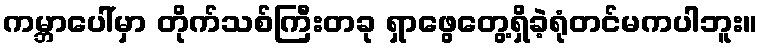
ကမ္ဘာပေါ်မှာ တိုက်သစ်ကြီးတခု ရှာဖွေတွေ့ရှိခဲ့ရုံတင်မကပါဘူး။